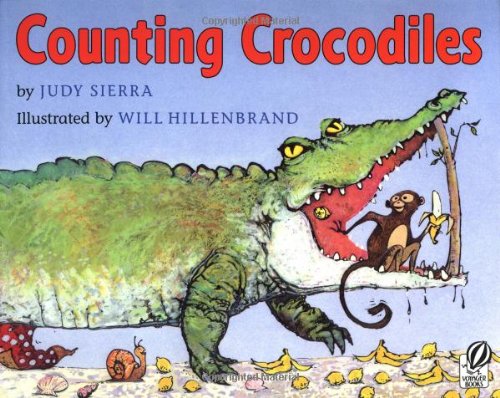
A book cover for Counting Crocodiles; Judy Sierra; Children's Books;